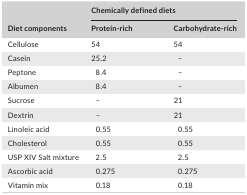
<table><thead><tr><td rowspan="2"><b>Diet components</b></td><td colspan="2"><b>Chemically defined diets</b></td></tr><tr><td><b>Protein‐rich</b></td><td><b>Carbohydrate‐rich</b></td></tr></thead><tbody><tr><td>Cellulose</td><td>54</td><td>54</td></tr><tr><td>Casein</td><td>25.2</td><td>–</td></tr><tr><td>Peptone</td><td>8.4</td><td>–</td></tr><tr><td>Albumen</td><td>8.4</td><td>–</td></tr><tr><td>Sucrose</td><td>–</td><td>21</td></tr><tr><td>Dextrin</td><td>–</td><td>21</td></tr><tr><td>Linoleic acid</td><td>0.55</td><td>0.55</td></tr><tr><td>Cholesterol</td><td>0.55</td><td>0.55</td></tr><tr><td>USP XIV Salt mixture</td><td>2.5</td><td>2.5</td></tr><tr><td>Ascorbic acid</td><td>0.275</td><td>0.275</td></tr><tr><td>Vitamin mix</td><td>0.18</td><td>0.18</td></tr></tbody></table>